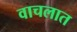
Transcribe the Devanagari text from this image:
वाचलात